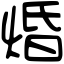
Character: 焝